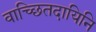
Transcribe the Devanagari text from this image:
वाच्छितदायिनि